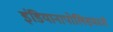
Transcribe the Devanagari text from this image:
इंडियानापोलिसमध्ये